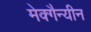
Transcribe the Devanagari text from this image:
मेक्गैन्यीन